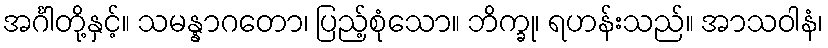
အင်္ဂါတို့နှင့်။ သမန္နာဂတော၊ ပြည့်စုံသော။ ဘိက္ခု၊ ရဟန်းသည်။ အာသဝါနံ၊